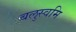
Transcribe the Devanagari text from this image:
बलुस्वमि